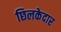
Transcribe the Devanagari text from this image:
छिलकेदार